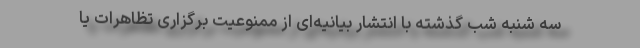
سه شنبه شب گذشته با انتشار بیانیه‌ای از ممنوعیت برگزاری تظاهرات یا